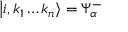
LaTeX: \left| i , k _ { 1 } \ldots k _ { n } \right\rangle = \Psi _ { \alpha } ^ { - }